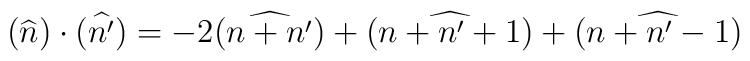
(\widehat{n})\cdot(\widehat{n'})=-2(\widehat{n+n'})+(\widehat{n+n'+1})+(\widehat{n+n'-1})